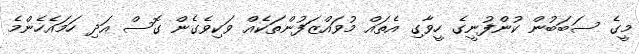
މީގެ ސަބަބުން ކުންފުނީގެ ހީވާގި އެތައް މުވައްޒަފުންތަކެއް ވަކިވެގެން ގޮސް އަދި ހަމައެހެންމެ